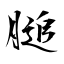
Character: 膇